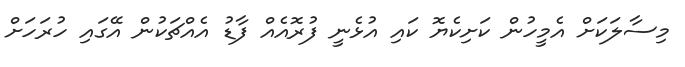
މިސާލަކަށް އެމީހުން ކަށިކެޔޮ ކައި އުޅެނީ ފުރޮއެއް ފާޑު އެއްޗަކުން އޭގައި ހުރަހަށް